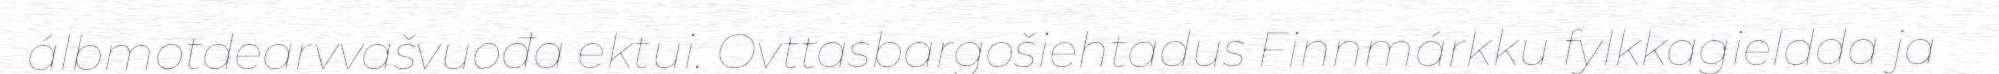
álbmotdearvvašvuođa ektui. Ovttasbargošiehtadus Finnmárkku fylkkagieldda ja